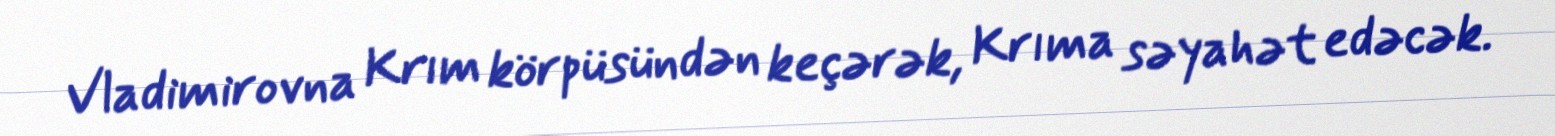
Vladimirovna Krım körpüsündən keçərək, Krıma səyahət edəcək.